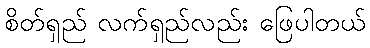
စိတ်ရှည် လက်ရှည်လည်း ဖြေပါတယ်